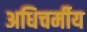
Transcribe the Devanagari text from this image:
अधिचर्मीय